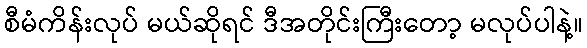
စီမံကိန်းလုပ် မယ်ဆိုရင် ဒီအတိုင်းကြီးတော့ မလုပ်ပါနဲ့။